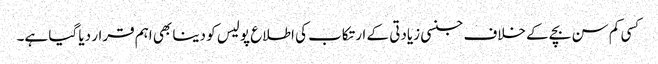
کسی کم سن بچے کے خلاف جنسی زیادتی کے ارتکاب کی اطلاع پولیس کو دینا بھی اہم قرار دیا گیا ہے۔